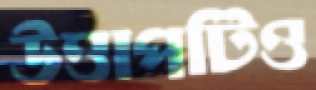
উত্তাপটিও